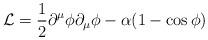
LaTeX: \begin{align*}{\cal L}= \frac{1}{2}\partial^\mu \phi \partial_\mu \phi-\alpha(1-\cos\phi)\end{align*}